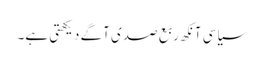
سیاسی آنکھ ربع صدی آگے دیکھتی ہے۔